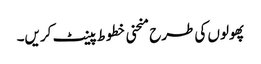
پھولوں کی طرح منحنی خطوط پینٹ کریں۔